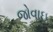
જોવાઇ